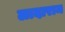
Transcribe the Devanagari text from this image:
लादाराम